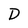
Character: D